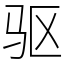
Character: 驱